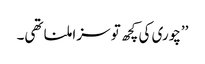
’’چوری کی کچھ تو سزا ملنا تھی۔